Plague in India, 1896, 1897 - Volume 3
Year: 1896
Disease focus: Plague
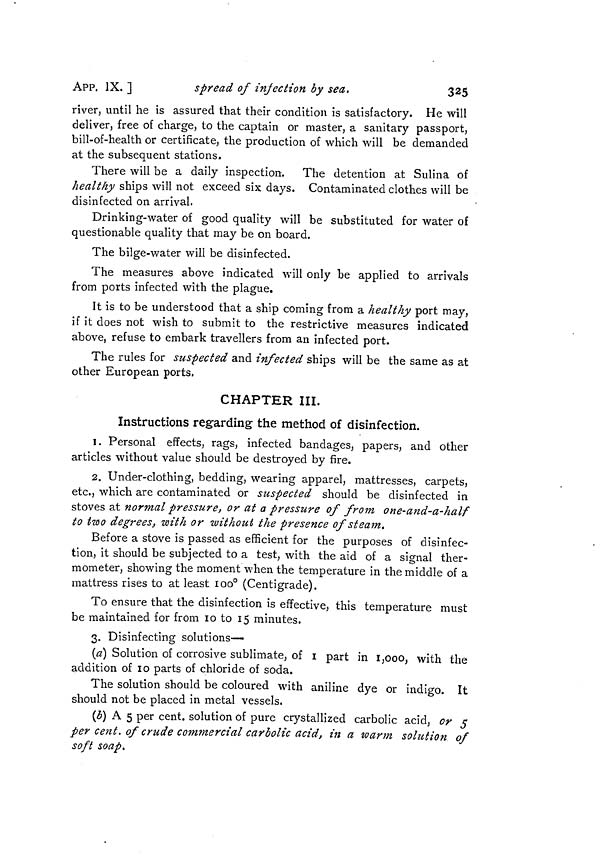
APP. IX. ]
spread of infection by sea,
325
river, until he is assured that their condition is satisfactory. He will
deliver, free of charge, to the captain or master, a sanitary passport,
bill-of-health or certificate, the production of which will be demanded
at the subsequent stations.
There will be a daily inspection. The detention at Sulina of
healthy ships will not exceed six days. Contaminated clothes will be
disinfected on arrival.
Drinking-water of good quality will be substituted for water of
questionable quality that may be on board.
The bilge-water will be disinfected.
The measures above indicated will only be applied to arrivals
from ports infected with the plague.
It is to be understood that a ship coming from a healthy port may,
if it does not wish to submit to the restrictive measures indicated
above, refuse to embark travellers from an infected port.
The rules for suspected and infected ships will be the same as at
other European ports.
CHAPTER III.
Instructions regarding the method of disinfection.
1. Personal effects, rags, infected bandages, papers, and other
articles without value should be destroyed by fire.
2. Under-clothing, bedding, wearing apparel, mattresses, carpets,
etc., which are contaminated or suspected should be disinfected in
stoves at normal pressure, or at a pressure of from one-and-a-half
to two degrees, with or "without the presence of steam.
Before a stove is passed as efficient for the purposes of disinfec-
tion, it should be subjected to a test, with the aid of a signal ther-
mometer, showing the moment when the temperature in the middle of a
mattress rises to at least 100° (Centigrade).
To ensure that the disinfection is effective, this temperature must
be maintained for from 10 to 15 minutes.
3. Disinfecting solutions—
(a) Solution of corrosive sublimate, of 1 part in 1,000, with the
addition of 10 parts of chloride of soda.
The solution should be coloured with aniline dye or indigo. It
should not be placed in metal vessels.
(b) A 5 per cent, solution of pure crystallized carbolic acid, or 5
per cent, of crude commercial carbolic acid, in a warm solution of
soft soap.